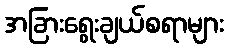
အခြားရွေးချယ်စရာများ